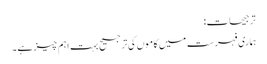
ترجیحات:
ہماری فہرست میں کاموں کی ترجیح بہت اہم چیز ہے ۔